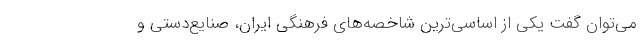
می‌توان گفت یکی از اساسی‌ترین شاخصه‌های فرهنگی ایران، صنایع‌دستی و